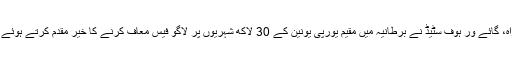
یورپی یونین کی پارلیمان میں، بریگزٹ سٹیئرنگ گروپ کے سربراہ، گائے ور ہوف سٹیڈ نے برطانیہ میں مقیم یورپی یونین کے 30 لاکھ شہریوں پر لاگو فیس معاف کرنے کا خیر مقدم کرتے ہوئے کہا ہے کہ یہ یورپی یونین کی پارلیمان کا ایک اہم ترین مطالبہ تھا۔